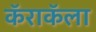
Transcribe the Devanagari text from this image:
कॅराकॅला